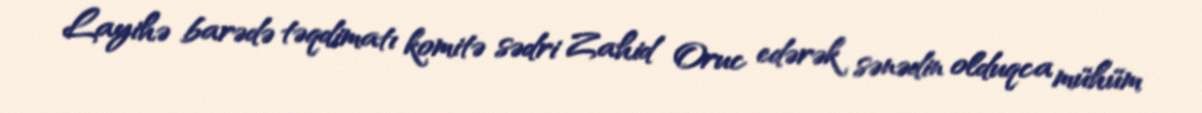
Layihə barədə təqdimatı komitə sədri Zahid Oruc edərək sənədin olduqca mühüm